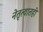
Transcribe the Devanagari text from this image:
नेतृत्वातही